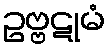
ဥဗ္ဗဋုမံ